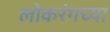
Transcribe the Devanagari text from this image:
लोकरंगच्या